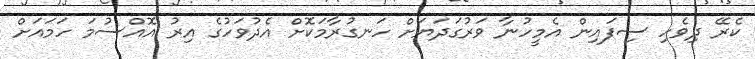
ކެރޭ ދިވެހި ސިފައިން އެމީހުނާ ވަރުގަދަޔަށް ހަނގުރާމަކޮށް އެދުވަހުގެ އިރު އޮއްސުމަ ހަމައަށް